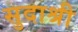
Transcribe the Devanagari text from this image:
सुदाश्री